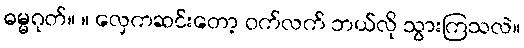
ဓမ္မဂုတ်။ ။ လှေကဆင်းတော့ ဝက်လက် ဘယ်လို သွားကြသလဲ။